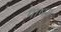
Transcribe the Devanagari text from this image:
पाष्मा